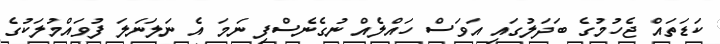
ކަޑަތައް ޖެހުމުގެ ބަދަލުގައި އަވަސް ހައްލެއް ނުގެނެސްފި ނަމަ އެ ނަލަނަލަ ފުވައްމުލަކުގެ